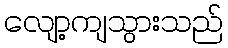
လျော့ကျသွားသည်